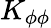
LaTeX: K_{\phi\phi}